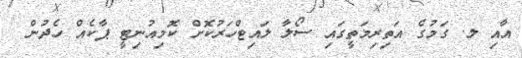
އާއި ލ. ގަމުގެ އަތިރިމަތީގައި ސޯލާ ލައިޓްހަރުކޮށް ކޮމިއުނިޓީ ޕާކެއް ހެދުން